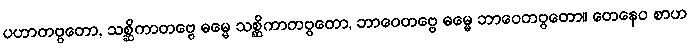
ပဟာတဗ္ဗတော, သစ္ဆိကာတဗ္ဗေ ဓမ္မေ သစ္ဆိကာတဗ္ဗတော, ဘာဝေတဗ္ဗေ ဓမ္မေ ဘာဝေတဗ္ဗတော။ တေနေဝ စာဟ